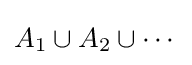
A_{1}\cup A_{2}\cup \cdots